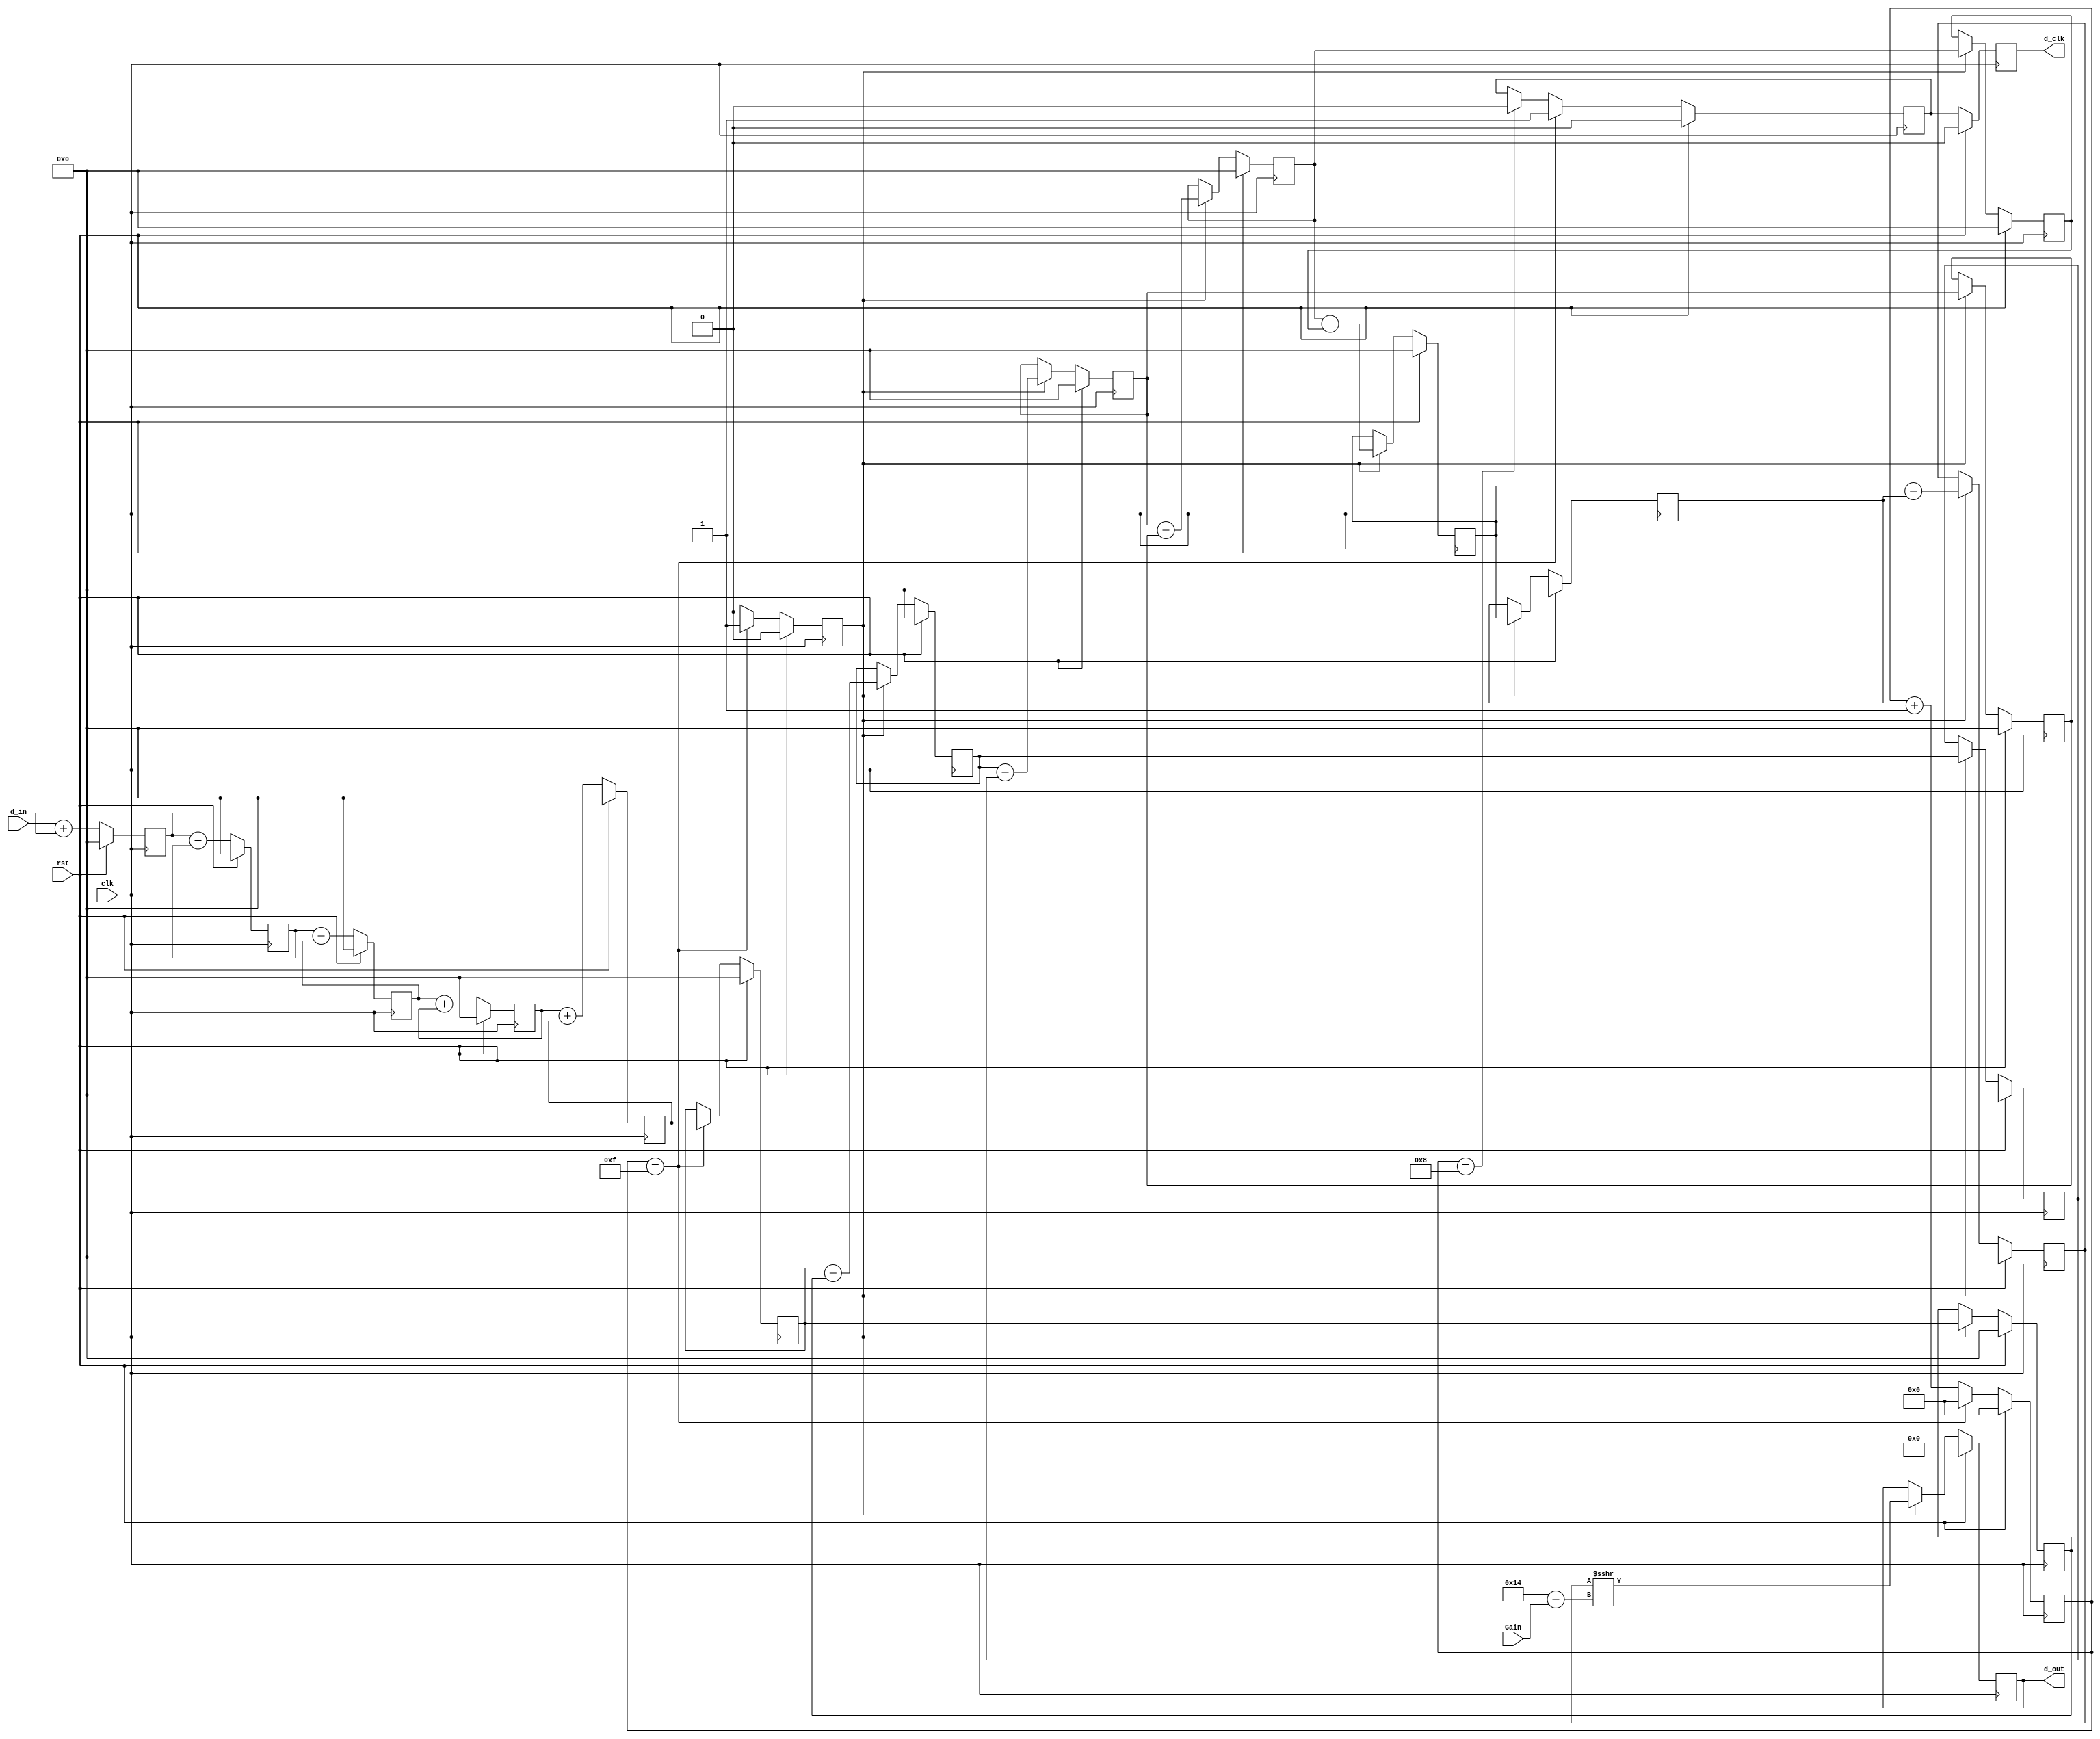
/* Generated by Yosys 0.42+40 (git sha1 a739e21a5, clang++ 14.0.0-1ubuntu1.1 -fPIC -Os) */

(* top =  1  *)
(* src = "/home/user/SDR-HLS/2.HLSImplementation/CIC/CIC.py:40" *)
(* generator = "Amaranth" *)
module top(d_in, clk, rst, d_out, d_clk, Gain);
  reg \$auto$verilog_backend.cc:2352:dump_module$1  = 0;
  wire [32:0] \$1 ;
  wire [32:0] \$10 ;
  wire [32:0] \$11 ;
  wire [32:0] \$12 ;
  wire [32:0] \$13 ;
  wire [32:0] \$14 ;
  wire [8:0] \$15 ;
  wire [31:0] \$16 ;
  reg [31:0] \$17 ;
  reg [31:0] \$18 ;
  reg [31:0] \$19 ;
  wire [32:0] \$2 ;
  reg [31:0] \$20 ;
  reg [31:0] \$21 ;
  reg [15:0] \$22 ;
  reg [31:0] \$23 ;
  reg \$24 ;
  reg \$25 ;
  reg \$26 ;
  reg [31:0] \$27 ;
  reg [31:0] \$28 ;
  reg [31:0] \$29 ;
  wire [32:0] \$3 ;
  reg [31:0] \$30 ;
  reg [31:0] \$31 ;
  reg [31:0] \$32 ;
  reg [31:0] \$33 ;
  reg [31:0] \$34 ;
  reg [31:0] \$35 ;
  reg [31:0] \$36 ;
  reg [31:0] \$37 ;
  reg [11:0] \$38 ;
  wire [32:0] \$4 ;
  wire [32:0] \$5 ;
  wire \$6 ;
  wire \$7 ;
  wire [16:0] \$8 ;
  wire [16:0] \$9 ;
  (* src = "/home/user/SDR-HLS/2.HLSImplementation/CIC/CIC.py:32" *)
  input [7:0] Gain;
  wire [7:0] Gain;
  (* src = "/home/user/FPGA/tools/amaranth/amaranth/hdl/_ir.py:215" *)
  input clk;
  wire clk;
  (* src = "/home/user/SDR-HLS/2.HLSImplementation/CIC/CIC.py:67" *)
  reg [15:0] count = 16'h0000;
  (* src = "/home/user/SDR-HLS/2.HLSImplementation/CIC/CIC.py:49" *)
  reg [31:0] d1 = 32'd0;
  (* src = "/home/user/SDR-HLS/2.HLSImplementation/CIC/CIC.py:64" *)
  reg [31:0] d10 = 32'd0;
  (* src = "/home/user/SDR-HLS/2.HLSImplementation/CIC/CIC.py:50" *)
  reg [31:0] d2 = 32'd0;
  (* src = "/home/user/SDR-HLS/2.HLSImplementation/CIC/CIC.py:51" *)
  reg [31:0] d3 = 32'd0;
  (* src = "/home/user/SDR-HLS/2.HLSImplementation/CIC/CIC.py:52" *)
  reg [31:0] d4 = 32'd0;
  (* src = "/home/user/SDR-HLS/2.HLSImplementation/CIC/CIC.py:53" *)
  reg [31:0] d5 = 32'd0;
  (* src = "/home/user/SDR-HLS/2.HLSImplementation/CIC/CIC.py:56" *)
  reg [31:0] d6 = 32'd0;
  (* src = "/home/user/SDR-HLS/2.HLSImplementation/CIC/CIC.py:58" *)
  reg [31:0] d7 = 32'd0;
  (* src = "/home/user/SDR-HLS/2.HLSImplementation/CIC/CIC.py:60" *)
  reg [31:0] d8 = 32'd0;
  (* src = "/home/user/SDR-HLS/2.HLSImplementation/CIC/CIC.py:62" *)
  reg [31:0] d9 = 32'd0;
  (* src = "/home/user/SDR-HLS/2.HLSImplementation/CIC/CIC.py:37" *)
  output d_clk;
  reg d_clk = 1'h0;
  (* src = "/home/user/SDR-HLS/2.HLSImplementation/CIC/CIC.py:70" *)
  reg d_clk_tmp = 1'h0;
  (* src = "/home/user/SDR-HLS/2.HLSImplementation/CIC/CIC.py:57" *)
  reg [31:0] d_d6 = 32'd0;
  (* src = "/home/user/SDR-HLS/2.HLSImplementation/CIC/CIC.py:59" *)
  reg [31:0] d_d7 = 32'd0;
  (* src = "/home/user/SDR-HLS/2.HLSImplementation/CIC/CIC.py:61" *)
  reg [31:0] d_d8 = 32'd0;
  (* src = "/home/user/SDR-HLS/2.HLSImplementation/CIC/CIC.py:63" *)
  reg [31:0] d_d9 = 32'd0;
  (* src = "/home/user/SDR-HLS/2.HLSImplementation/CIC/CIC.py:46" *)
  reg [31:0] d_d_tmp = 32'd0;
  (* src = "/home/user/SDR-HLS/2.HLSImplementation/CIC/CIC.py:33" *)
  input [11:0] d_in;
  wire [11:0] d_in;
  (* src = "/home/user/SDR-HLS/2.HLSImplementation/CIC/CIC.py:36" *)
  output [11:0] d_out;
  reg [11:0] d_out = 12'h000;
  (* src = "/home/user/SDR-HLS/2.HLSImplementation/CIC/CIC.py:66" *)
  reg [31:0] d_scaled = 32'd0;
  (* src = "/home/user/SDR-HLS/2.HLSImplementation/CIC/CIC.py:45" *)
  reg [31:0] d_tmp = 32'd0;
  (* src = "/home/user/FPGA/tools/amaranth/amaranth/hdl/_ir.py:215" *)
  input rst;
  wire rst;
  (* src = "/home/user/SDR-HLS/2.HLSImplementation/CIC/CIC.py:69" *)
  reg v_comb = 1'h0;
  assign \$1  = $signed(d_in) + (* src = "/home/user/SDR-HLS/2.HLSImplementation/CIC/CIC.py:75" *) $signed(d1);
  assign \$2  = $signed(d1) + (* src = "/home/user/SDR-HLS/2.HLSImplementation/CIC/CIC.py:76" *) $signed(d2);
  assign \$3  = $signed(d2) + (* src = "/home/user/SDR-HLS/2.HLSImplementation/CIC/CIC.py:77" *) $signed(d3);
  assign \$4  = $signed(d3) + (* src = "/home/user/SDR-HLS/2.HLSImplementation/CIC/CIC.py:78" *) $signed(d4);
  assign \$5  = $signed(d4) + (* src = "/home/user/SDR-HLS/2.HLSImplementation/CIC/CIC.py:79" *) $signed(d5);
  assign \$6  = count == (* src = "/home/user/SDR-HLS/2.HLSImplementation/CIC/CIC.py:83" *) 4'hf;
  assign \$7  = count == (* src = "/home/user/SDR-HLS/2.HLSImplementation/CIC/CIC.py:91" *) 4'h8;
  assign \$8  = count + (* src = "/home/user/SDR-HLS/2.HLSImplementation/CIC/CIC.py:94" *) 1'h1;
  assign \$9  = count + (* src = "/home/user/SDR-HLS/2.HLSImplementation/CIC/CIC.py:99" *) 1'h1;
  assign \$10  = $signed(d_tmp) - (* src = "/home/user/SDR-HLS/2.HLSImplementation/CIC/CIC.py:110" *) $signed(d_d_tmp);
  assign \$11  = $signed(d6) - (* src = "/home/user/SDR-HLS/2.HLSImplementation/CIC/CIC.py:113" *) $signed(d_d6);
  assign \$12  = $signed(d7) - (* src = "/home/user/SDR-HLS/2.HLSImplementation/CIC/CIC.py:116" *) $signed(d_d7);
  assign \$13  = $signed(d8) - (* src = "/home/user/SDR-HLS/2.HLSImplementation/CIC/CIC.py:119" *) $signed(d_d8);
  assign \$14  = $signed(d9) - (* src = "/home/user/SDR-HLS/2.HLSImplementation/CIC/CIC.py:122" *) $signed(d_d9);
  assign \$15  = 5'h14 - (* src = "/home/user/SDR-HLS/2.HLSImplementation/CIC/CIC.py:126" *) Gain;
  assign \$16  = $signed(d10) >>> (* src = "/home/user/SDR-HLS/2.HLSImplementation/CIC/CIC.py:126" *) \$15 ;
  (* src = "/home/user/SDR-HLS/2.HLSImplementation/CIC/CIC.py:49" *)
  always @(posedge clk)
    d1 <= \$17 ;
  (* src = "/home/user/SDR-HLS/2.HLSImplementation/CIC/CIC.py:50" *)
  always @(posedge clk)
    d2 <= \$18 ;
  (* src = "/home/user/SDR-HLS/2.HLSImplementation/CIC/CIC.py:51" *)
  always @(posedge clk)
    d3 <= \$19 ;
  (* src = "/home/user/SDR-HLS/2.HLSImplementation/CIC/CIC.py:52" *)
  always @(posedge clk)
    d4 <= \$20 ;
  (* src = "/home/user/SDR-HLS/2.HLSImplementation/CIC/CIC.py:53" *)
  always @(posedge clk)
    d5 <= \$21 ;
  (* src = "/home/user/SDR-HLS/2.HLSImplementation/CIC/CIC.py:67" *)
  always @(posedge clk)
    count <= \$22 ;
  (* src = "/home/user/SDR-HLS/2.HLSImplementation/CIC/CIC.py:45" *)
  always @(posedge clk)
    d_tmp <= \$23 ;
  (* src = "/home/user/SDR-HLS/2.HLSImplementation/CIC/CIC.py:70" *)
  always @(posedge clk)
    d_clk_tmp <= \$24 ;
  (* src = "/home/user/SDR-HLS/2.HLSImplementation/CIC/CIC.py:69" *)
  always @(posedge clk)
    v_comb <= \$25 ;
  (* src = "/home/user/SDR-HLS/2.HLSImplementation/CIC/CIC.py:37" *)
  always @(posedge clk)
    d_clk <= \$26 ;
  (* src = "/home/user/SDR-HLS/2.HLSImplementation/CIC/CIC.py:46" *)
  always @(posedge clk)
    d_d_tmp <= \$27 ;
  (* src = "/home/user/SDR-HLS/2.HLSImplementation/CIC/CIC.py:56" *)
  always @(posedge clk)
    d6 <= \$28 ;
  (* src = "/home/user/SDR-HLS/2.HLSImplementation/CIC/CIC.py:57" *)
  always @(posedge clk)
    d_d6 <= \$29 ;
  (* src = "/home/user/SDR-HLS/2.HLSImplementation/CIC/CIC.py:58" *)
  always @(posedge clk)
    d7 <= \$30 ;
  (* src = "/home/user/SDR-HLS/2.HLSImplementation/CIC/CIC.py:59" *)
  always @(posedge clk)
    d_d7 <= \$31 ;
  (* src = "/home/user/SDR-HLS/2.HLSImplementation/CIC/CIC.py:60" *)
  always @(posedge clk)
    d8 <= \$32 ;
  (* src = "/home/user/SDR-HLS/2.HLSImplementation/CIC/CIC.py:61" *)
  always @(posedge clk)
    d_d8 <= \$33 ;
  (* src = "/home/user/SDR-HLS/2.HLSImplementation/CIC/CIC.py:62" *)
  always @(posedge clk)
    d9 <= \$34 ;
  (* src = "/home/user/SDR-HLS/2.HLSImplementation/CIC/CIC.py:63" *)
  always @(posedge clk)
    d_d9 <= \$35 ;
  (* src = "/home/user/SDR-HLS/2.HLSImplementation/CIC/CIC.py:64" *)
  always @(posedge clk)
    d10 <= \$36 ;
  (* src = "/home/user/SDR-HLS/2.HLSImplementation/CIC/CIC.py:66" *)
  always @(posedge clk)
    d_scaled <= \$37 ;
  (* src = "/home/user/SDR-HLS/2.HLSImplementation/CIC/CIC.py:36" *)
  always @(posedge clk)
    d_out <= \$38 ;
  always @* begin
    if (\$auto$verilog_backend.cc:2352:dump_module$1 ) begin end
    \$17  = \$1 [31:0];
    if (rst) begin
      \$17  = 32'd0;
    end
  end
  always @* begin
    if (\$auto$verilog_backend.cc:2352:dump_module$1 ) begin end
    \$18  = \$2 [31:0];
    if (rst) begin
      \$18  = 32'd0;
    end
  end
  always @* begin
    if (\$auto$verilog_backend.cc:2352:dump_module$1 ) begin end
    \$19  = \$3 [31:0];
    if (rst) begin
      \$19  = 32'd0;
    end
  end
  always @* begin
    if (\$auto$verilog_backend.cc:2352:dump_module$1 ) begin end
    \$20  = \$4 [31:0];
    if (rst) begin
      \$20  = 32'd0;
    end
  end
  always @* begin
    if (\$auto$verilog_backend.cc:2352:dump_module$1 ) begin end
    \$21  = \$5 [31:0];
    if (rst) begin
      \$21  = 32'd0;
    end
  end
  always @* begin
    if (\$auto$verilog_backend.cc:2352:dump_module$1 ) begin end
    (* full_case = 32'd1 *)
    if (\$6 ) begin
      \$22  = 16'h0000;
    end else if (\$7 ) begin
      \$22  = \$8 [15:0];
    end else begin
      \$22  = \$9 [15:0];
    end
    if (rst) begin
      \$22  = 16'h0000;
    end
  end
  always @* begin
    if (\$auto$verilog_backend.cc:2352:dump_module$1 ) begin end
    \$23  = d_tmp;
    if (\$6 ) begin
      \$23  = d5;
    end
    if (rst) begin
      \$23  = 32'd0;
    end
  end
  always @* begin
    if (\$auto$verilog_backend.cc:2352:dump_module$1 ) begin end
    \$24  = d_clk_tmp;
    if (\$6 ) begin
      \$24  = 1'h1;
    end else if (\$7 ) begin
      \$24  = 1'h0;
    end
    if (rst) begin
      \$24  = 1'h0;
    end
  end
  always @* begin
    if (\$auto$verilog_backend.cc:2352:dump_module$1 ) begin end
    (* full_case = 32'd1 *)
    if (\$6 ) begin
      \$25  = 1'h1;
    end else if (\$7 ) begin
      \$25  = 1'h0;
    end else begin
      \$25  = 1'h0;
    end
    if (rst) begin
      \$25  = 1'h0;
    end
  end
  always @* begin
    if (\$auto$verilog_backend.cc:2352:dump_module$1 ) begin end
    \$26  = d_clk_tmp;
    if (rst) begin
      \$26  = 1'h0;
    end
  end
  always @* begin
    if (\$auto$verilog_backend.cc:2352:dump_module$1 ) begin end
    \$27  = d_d_tmp;
    if (v_comb) begin
      \$27  = d_tmp;
    end
    if (rst) begin
      \$27  = 32'd0;
    end
  end
  always @* begin
    if (\$auto$verilog_backend.cc:2352:dump_module$1 ) begin end
    \$28  = d6;
    if (v_comb) begin
      \$28  = \$10 [31:0];
    end
    if (rst) begin
      \$28  = 32'd0;
    end
  end
  always @* begin
    if (\$auto$verilog_backend.cc:2352:dump_module$1 ) begin end
    \$29  = d_d6;
    if (v_comb) begin
      \$29  = d6;
    end
    if (rst) begin
      \$29  = 32'd0;
    end
  end
  always @* begin
    if (\$auto$verilog_backend.cc:2352:dump_module$1 ) begin end
    \$30  = d7;
    if (v_comb) begin
      \$30  = \$11 [31:0];
    end
    if (rst) begin
      \$30  = 32'd0;
    end
  end
  always @* begin
    if (\$auto$verilog_backend.cc:2352:dump_module$1 ) begin end
    \$31  = d_d7;
    if (v_comb) begin
      \$31  = d7;
    end
    if (rst) begin
      \$31  = 32'd0;
    end
  end
  always @* begin
    if (\$auto$verilog_backend.cc:2352:dump_module$1 ) begin end
    \$32  = d8;
    if (v_comb) begin
      \$32  = \$12 [31:0];
    end
    if (rst) begin
      \$32  = 32'd0;
    end
  end
  always @* begin
    if (\$auto$verilog_backend.cc:2352:dump_module$1 ) begin end
    \$33  = d_d8;
    if (v_comb) begin
      \$33  = d8;
    end
    if (rst) begin
      \$33  = 32'd0;
    end
  end
  always @* begin
    if (\$auto$verilog_backend.cc:2352:dump_module$1 ) begin end
    \$34  = d9;
    if (v_comb) begin
      \$34  = \$13 [31:0];
    end
    if (rst) begin
      \$34  = 32'd0;
    end
  end
  always @* begin
    if (\$auto$verilog_backend.cc:2352:dump_module$1 ) begin end
    \$35  = d_d9;
    if (v_comb) begin
      \$35  = d9;
    end
    if (rst) begin
      \$35  = 32'd0;
    end
  end
  always @* begin
    if (\$auto$verilog_backend.cc:2352:dump_module$1 ) begin end
    \$36  = d10;
    if (v_comb) begin
      \$36  = \$14 [31:0];
    end
    if (rst) begin
      \$36  = 32'd0;
    end
  end
  always @* begin
    if (\$auto$verilog_backend.cc:2352:dump_module$1 ) begin end
    \$37  = d_scaled;
    if (v_comb) begin
      \$37  = d10;
    end
    if (rst) begin
      \$37  = 32'd0;
    end
  end
  always @* begin
    if (\$auto$verilog_backend.cc:2352:dump_module$1 ) begin end
    \$38  = d_out;
    if (v_comb) begin
      \$38  = \$16 [11:0];
    end
    if (rst) begin
      \$38  = 12'h000;
    end
  end
endmodule